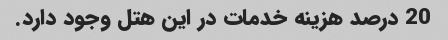
20 درصد هزینه خدمات در این هتل وجود دارد.